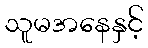
သူမအနေနှင့်